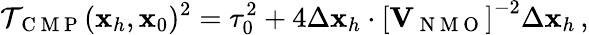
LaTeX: {\cal T}_{\mathrm{~C~M~P~}}({\mathbf x}_{h},{\mathbf x}_{0})^{2}=\tau_{0}^{2}+4\Delta{\mathbf x}_{h}\cdot\left[{\mathbf V}_{\mathrm{~N~M~O~}}\right]^{-2}\Delta{\mathbf x}_{h}\, ,